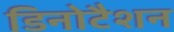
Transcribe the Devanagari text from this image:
डिनोटैशन